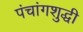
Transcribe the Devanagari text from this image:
पंचांगशुद्धी